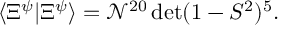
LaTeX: \langle \Xi ^ { \psi } | \Xi ^ { \psi } \rangle = \mathcal { N } ^ { 2 0 } \operatorname * { d e t } ( 1 - S ^ { 2 } ) ^ { 5 } .